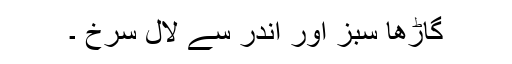
گاڑھا سبز اور اندر سے لال سرخ ۔